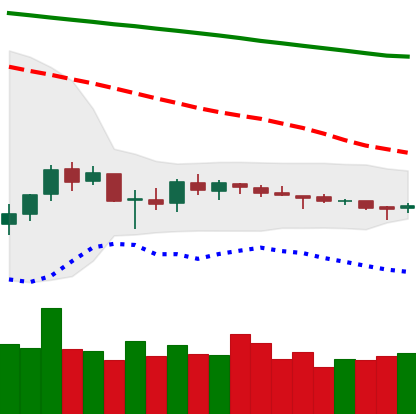
Ticker: ETC-USD
Chart end date: 2018-10-08
Forward return: -13.442%
Label: down_7plus